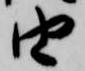
由